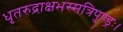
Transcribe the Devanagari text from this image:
धृतरुद्राक्षभस्मत्रिपुण्ड्रः।